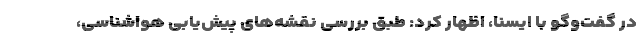
در گفت‌وگو با ایسنا، اظهار کرد: طبق بررسی نقشه‌های پیش‌یابی هواشناسی،